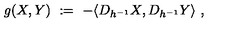
g ( X , Y ) \ : = \ - \langle D _ { h ^ { - 1 } } X , D _ { h ^ { - 1 } } Y \rangle \ ,